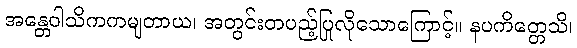
အန္တေဝါသိကကမျတာယ၊ အတွင်းတပည့်ပြုလိုသောကြောင့်။ နပကိတ္တေသိ၊